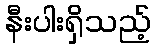
နီးပါးရှိသည့်